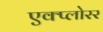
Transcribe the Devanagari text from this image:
एक्प्लोरर